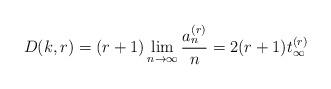
LaTeX: \begin{align*}D(k,r)=(r+1)\lim_{n\to\infty}\frac{a_n^{(r)}}{n}=2(r+1)t_\infty^{(r)}\end{align*}